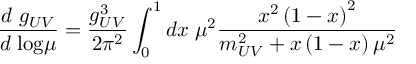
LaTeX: \frac { d \; g _ { U V } } { d \; \mathrm { l o g } \mu } = \frac { g _ { U V } ^ { 3 } } { 2 \pi ^ { 2 } } \int _ { 0 } ^ { 1 } d x \; \mu ^ { 2 } \frac { x ^ { 2 } \left( 1 - x \right) ^ { 2 } } { m _ { U V } ^ { 2 } + x \left( 1 - x \right) \mu ^ { 2 } }